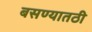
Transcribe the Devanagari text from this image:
बसण्यातठी